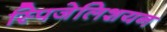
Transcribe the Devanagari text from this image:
स्पिजेलिशयन